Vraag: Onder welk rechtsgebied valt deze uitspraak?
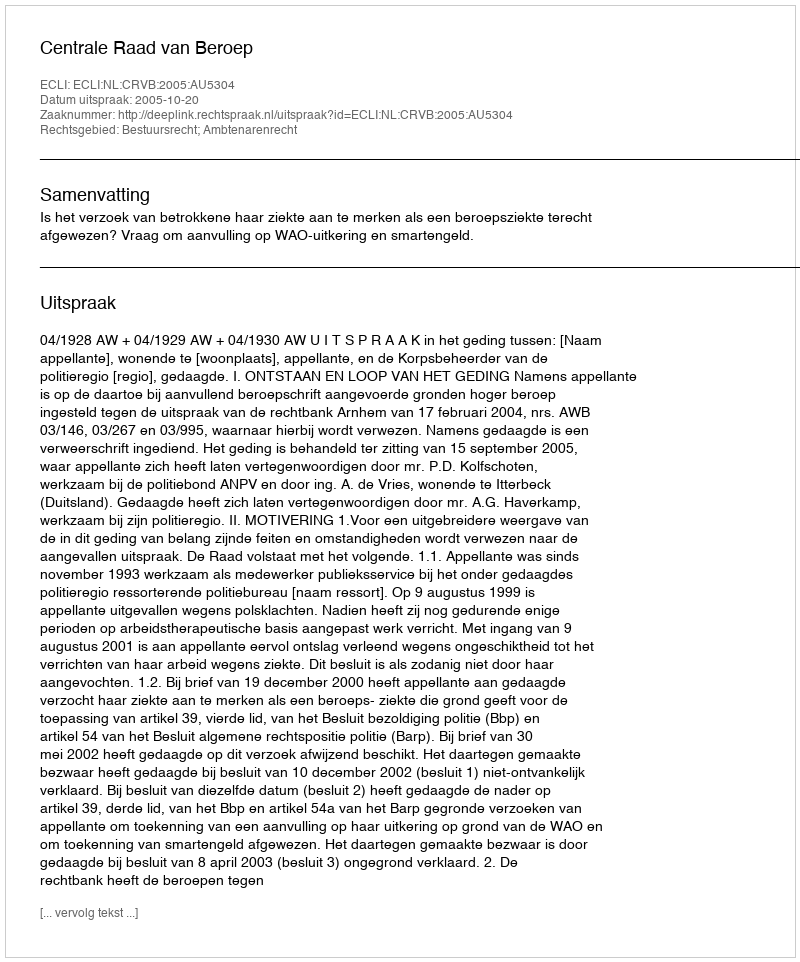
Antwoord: Bestuursrecht; Ambtenarenrecht